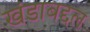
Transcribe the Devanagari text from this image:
खंडाबद्दल